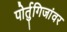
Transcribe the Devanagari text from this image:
पोर्तुगिजांवर